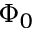
\Phi _ { 0 }